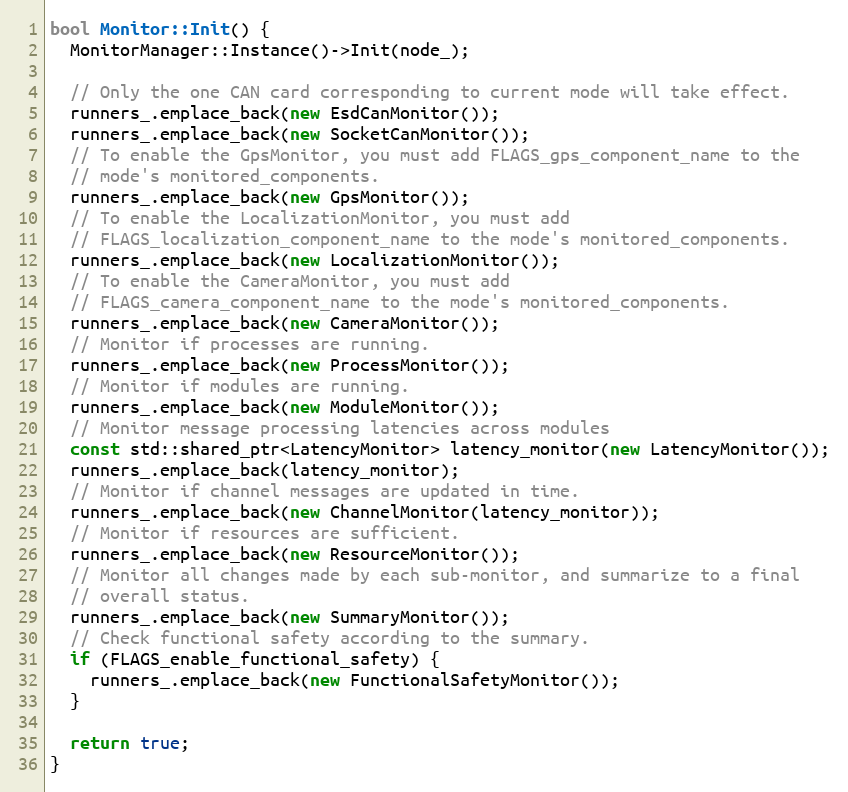
Language: C++
bool Monitor::Init() {
  MonitorManager::Instance()->Init(node_);

  // Only the one CAN card corresponding to current mode will take effect.
  runners_.emplace_back(new EsdCanMonitor());
  runners_.emplace_back(new SocketCanMonitor());
  // To enable the GpsMonitor, you must add FLAGS_gps_component_name to the
  // mode's monitored_components.
  runners_.emplace_back(new GpsMonitor());
  // To enable the LocalizationMonitor, you must add
  // FLAGS_localization_component_name to the mode's monitored_components.
  runners_.emplace_back(new LocalizationMonitor());
  // To enable the CameraMonitor, you must add
  // FLAGS_camera_component_name to the mode's monitored_components.
  runners_.emplace_back(new CameraMonitor());
  // Monitor if processes are running.
  runners_.emplace_back(new ProcessMonitor());
  // Monitor if modules are running.
  runners_.emplace_back(new ModuleMonitor());
  // Monitor message processing latencies across modules
  const std::shared_ptr<LatencyMonitor> latency_monitor(new LatencyMonitor());
  runners_.emplace_back(latency_monitor);
  // Monitor if channel messages are updated in time.
  runners_.emplace_back(new ChannelMonitor(latency_monitor));
  // Monitor if resources are sufficient.
  runners_.emplace_back(new ResourceMonitor());
  // Monitor all changes made by each sub-monitor, and summarize to a final
  // overall status.
  runners_.emplace_back(new SummaryMonitor());
  // Check functional safety according to the summary.
  if (FLAGS_enable_functional_safety) {
    runners_.emplace_back(new FunctionalSafetyMonitor());
  }

  return true;
}